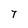
Character: T